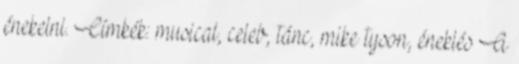
énekelni. Címkék: musical, celeb, tánc, mike tyson, éneklés A